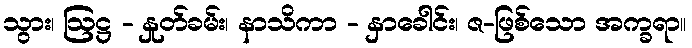
သွား၊ ဩဋ္ဌ - နှုတ်ခမ်း၊ နာသိကာ - နှာခေါင်း၊ ဇ-ဖြစ်သော အက္ခရာ။